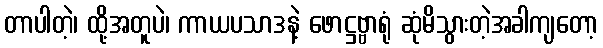
တာပါတဲ့၊ ထို့အတူပဲ၊ ကာယပသာဒနဲ့ ဖောဋ္ဌဗ္ဗာရုံ ဆုံမိသွားတဲ့အခါကျတော့